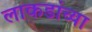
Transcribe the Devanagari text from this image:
लाकडांच्या